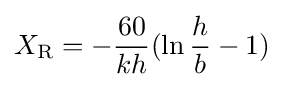
X_{\text{R}}=-{60 \over kh}(\ln {h \over b}-1)